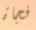
فجاة